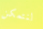
لنتمكن